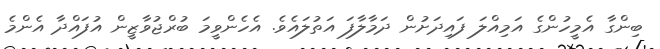
ބިންގާ އެމީހުންގެ އަމިއްލަ ފައިދަށުން ދަމާލާފަ އަތުލައެވެ. އެހެންވީމަ ބުރްޖުވާޒީން އުފައްދާ އެންމެ